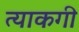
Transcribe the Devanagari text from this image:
त्याकगी